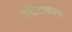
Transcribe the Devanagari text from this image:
स्टैटकाम